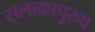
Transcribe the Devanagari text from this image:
सलाकापुरुष